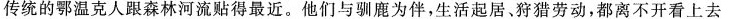
传统的鄂温克人跟森林河流贴得最近。他们与驯鹿为伴，生活起居、狩猎劳动，都离不开看上去